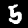
Digit: 5